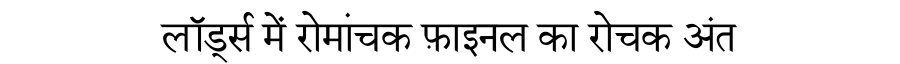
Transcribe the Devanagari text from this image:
लॉर्ड्स में रोमांचक फ़ाइनल का रोचक अंत